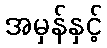
အမှန်နှင့်